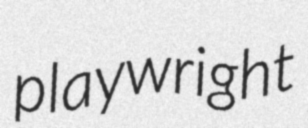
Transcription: playwright